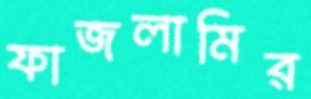
ফাজলামির